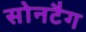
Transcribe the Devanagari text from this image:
सोनटैग